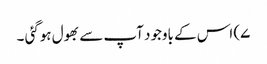
۷) اس کے باوجود آپ سے بھول ہوگئی ۔